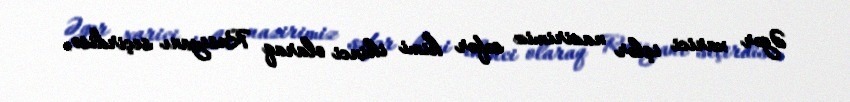
Əgər xarici işlər nazirimiz səfər kimi ikinci olaraq Rusiyanı seçirdisə,